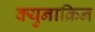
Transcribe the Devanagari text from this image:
क्युनाक्रिन